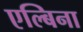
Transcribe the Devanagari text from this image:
एल्बिना